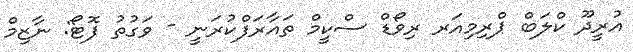
އުރީދޫ ކްލަބް ޕްރިމިއަރ ރިވޯޑް ސްކީމް ތައާރަފްކުރަނީ - ވަގުތު ފޮޓޯ: ނާޒިމް